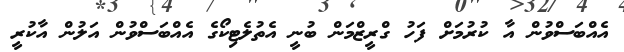
އެއްބަސްވުން އާ ކުރުމަށް ފަހު ގްރީޒްމަން ބުނީ އެތުލެޓިކޯގެ އެއްބަސްވުން އަލުން އާކުރީ